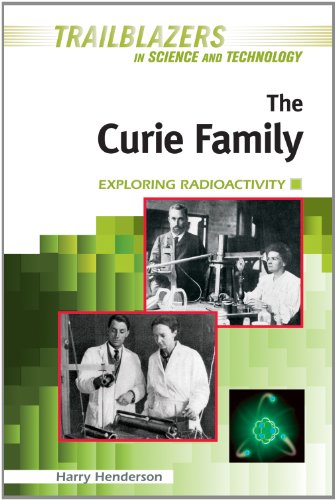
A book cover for The Curie Family: Exploring Radioactivity (Trailblazers in Science and Technology); Harry Henderson; Teen & Young Adult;